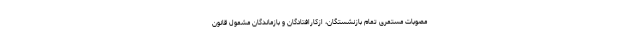
مصوبات مستمری تمام بازنشستگان، ازکارافتادگان و بازماندگان مشمول قانون